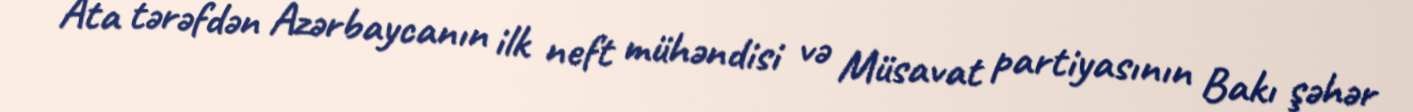
Ata tərəfdən Azərbaycanın ilk neft mühəndisi və Müsavat partiyasının Bakı şəhər